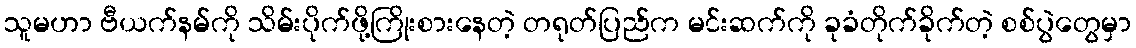
သူမဟာ ဗီယက်နမ်ကို သိမ်းပိုက်ဖို့ကြိုးစားနေတဲ့ တရုတ်ပြည်က မင်းဆက်ကို ခုခံတိုက်ခိုက်တဲ့ စစ်ပွဲတွေမှာ